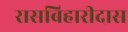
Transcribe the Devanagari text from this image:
रासबिहारीदास